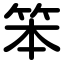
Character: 笨